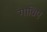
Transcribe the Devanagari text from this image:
गाब्रिए